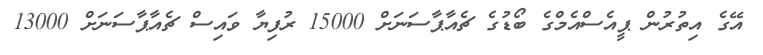
އޭގެ އިތުރުން ޕީއެސްއެމްގެ ބޯޑުގެ ޗެއާޕާސަނަށް 15000 ރުފިޔާ ވައިސް ޗެއާޕާސަނަށް 13000